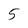
Character: 5